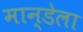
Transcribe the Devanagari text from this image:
मान्डेला